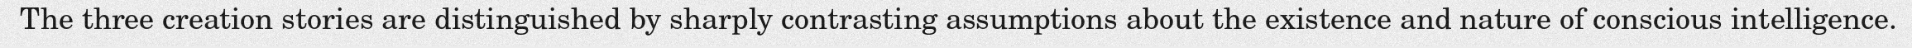
The three creation stories are distinguished by sharply contrasting assumptions about the existence and nature of conscious intelligence.